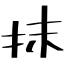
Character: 抹